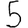
Digit: 5